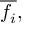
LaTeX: { \overline { { f _ { i } } } } ,